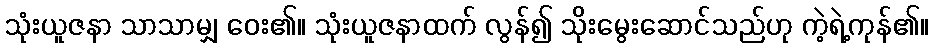
သုံးယူဇနာ သာသာမျှ ဝေး၏။ သုံးယူဇနာထက် လွန်၍ သိုးမွေးဆောင်သည်ဟု ကဲ့ရဲ့ကုန်၏။